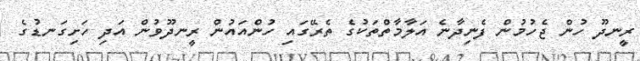
ރީނދޫ ހުން ޖެހުމުން ފެނިދާނެ އަލާމާތްތަކުގެ ތެރޭގައި ހުންއައުން ރީނދޫވުން އަދި ހަށިގަނޑުގެ